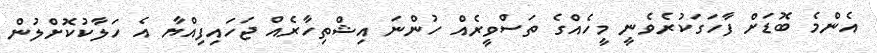
އެންމެ ބޮޑަށް ފާހަގަކުރެވެނީ މީހެއްގެ ތަސްވީރެއް ހުންނަ އިޝްތިހާރެއް ޖަހައިފިއްޔާ އެ ހަލާކުކޮށްލުން